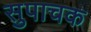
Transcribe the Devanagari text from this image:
सुपाचक